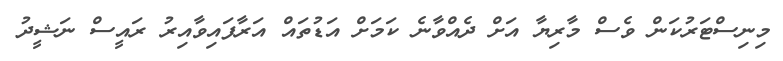
މިނިސްޓަރުކަން ވެސް މާރިޔާ އަށް ދެއްވާނެ ކަމަށް އަޑުތައް އަރާފައިވާއިރު ރައީސް ނަޝީދު